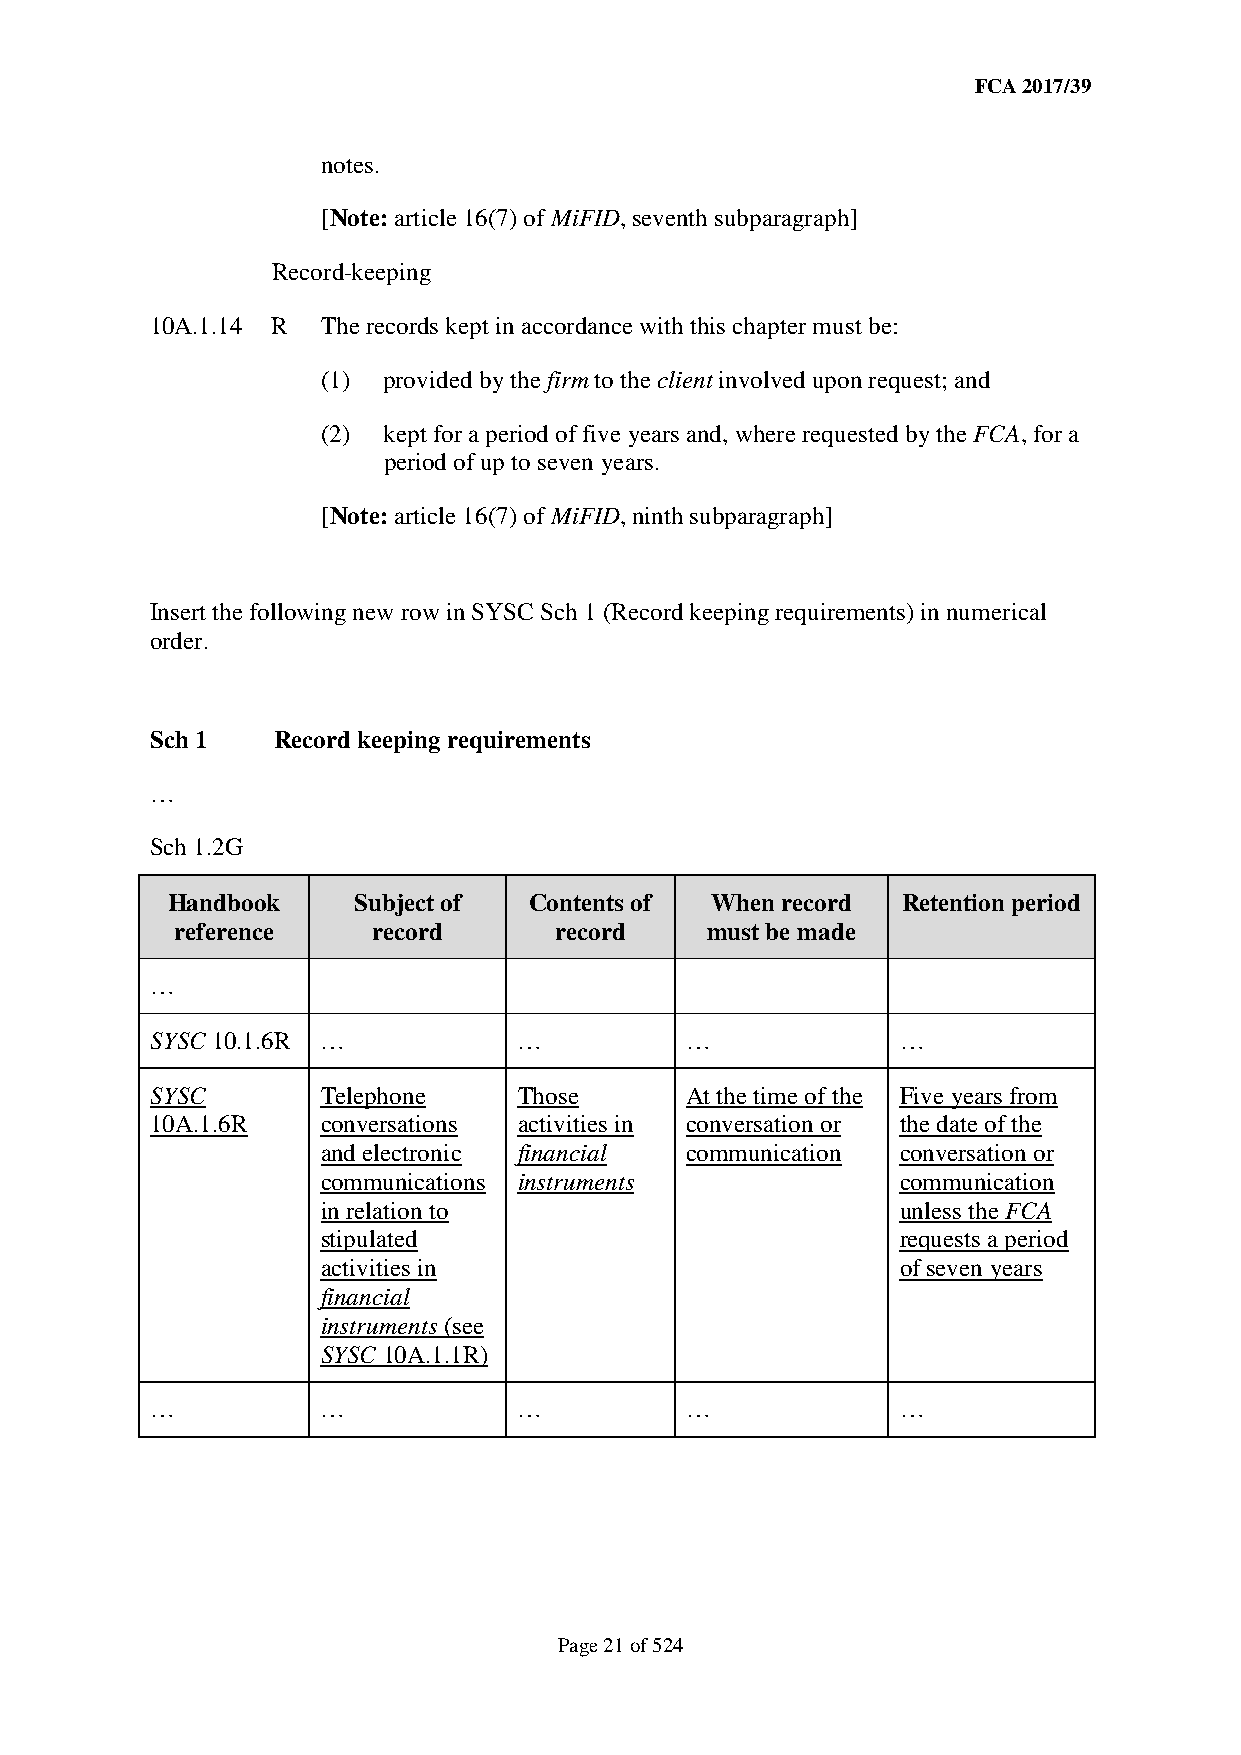
FCA 2017/39
 notes.
 [Note: article 16(7) of MiFID, seventh subparagraph]
 Record-keeping
 10A.1.14 R The records kept in accordance with this chapter must be:
 (1) provided by the firm to the client involved upon request; and
 (2) kept for a period of five years and, where requested by the FCA, for a
 period of up to seven years.
 [Note: article 16(7) of MiFID, ninth subparagraph]
 Insert the following new row in SYSC Sch 1 (Record keeping requirements) in numerical
 order.
 Sch 1   Record keeping requirements
 …
 Sch 1.2G
 Handbook    Subject of  Contents of When record  Retention period
 reference    record      record    must be made
 …
 SYSC 10.1.6R …          …          …              …
 SYSC       Telephone    Those      At the time of the Five years from
 10A.1.6R   conversations activities in conversation or the date of the
 and electronic financial communication conversation or
 communications instruments             communication
 in relation to                         unless the FCA
 stipulated                             requests a period
 activities in                          of seven years
 financial
 instruments (see
 SYSC 10A.1.1R)
 …          …            …          …              …
 Page 21 of 524